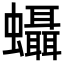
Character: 𧕩